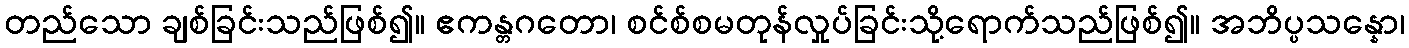
တည်သော ချစ်ခြင်းသည်ဖြစ်၍။ ဧကန္တဂတော၊ စင်စ်စမတုန်လှုပ်ခြင်းသို့ရောက်သည်ဖြစ်၍။ အဘိပ္ပသန္နော၊